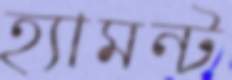
হ্যামন্ট